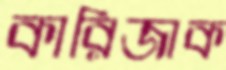
কারিজাক